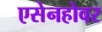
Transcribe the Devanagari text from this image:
एसेनहोवर